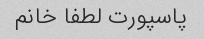
پاسپورت لطفا خانم